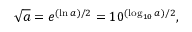
{ \sqrt { a } } = e ^ { ( \ln a ) / 2 } = 1 0 ^ { ( \log _ { 1 0 } a ) / 2 } ,